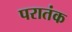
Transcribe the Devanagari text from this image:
परातंक